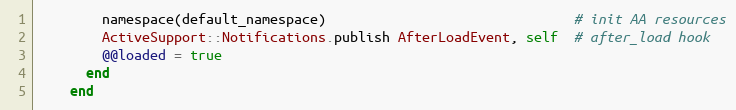
Language: Ruby
        namespace(default_namespace)                               # init AA resources
        ActiveSupport::Notifications.publish AfterLoadEvent, self  # after_load hook
        @@loaded = true
      end
    end